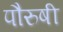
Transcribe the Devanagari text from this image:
पौरुषी